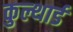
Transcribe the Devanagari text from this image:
कुल्थार्ड